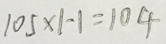
1 0 5 \times 1 - 1 = 1 0 4